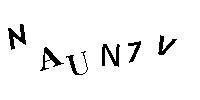
NAUN7V